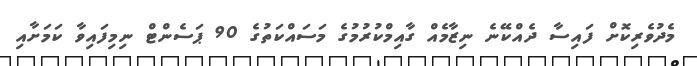
މެދުވެރިކޮށް ފައިސާ ދެއްކޭނެ ނިޒާމެއް ގާއިމްކުރުމުގެ މަސައްކަތުގެ 90 ޕަސެންޓް ނިމިފައިވާ ކަމަށާއި